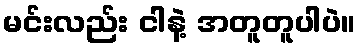
မင်းလည်း ငါနဲ့ အတူတူပါပဲ။